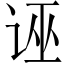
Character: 诬